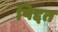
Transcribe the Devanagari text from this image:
षिद्दत